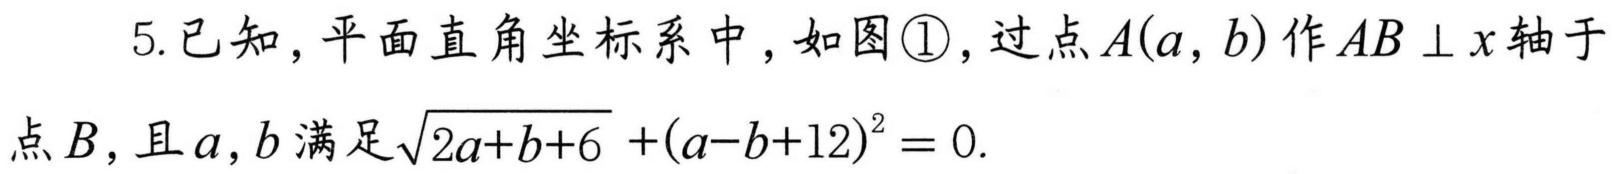
5. 已知，平面直角坐标系中，如图\textcircled{1}，过点$A(a,b)$作$AB\perp x$轴于
点$B$，且$a,b$满足$\sqrt{2a + b + 6}+(a - b + 12)^{2}=0$.